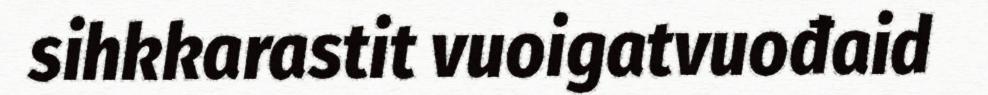
sihkkarastit vuoigatvuođaid